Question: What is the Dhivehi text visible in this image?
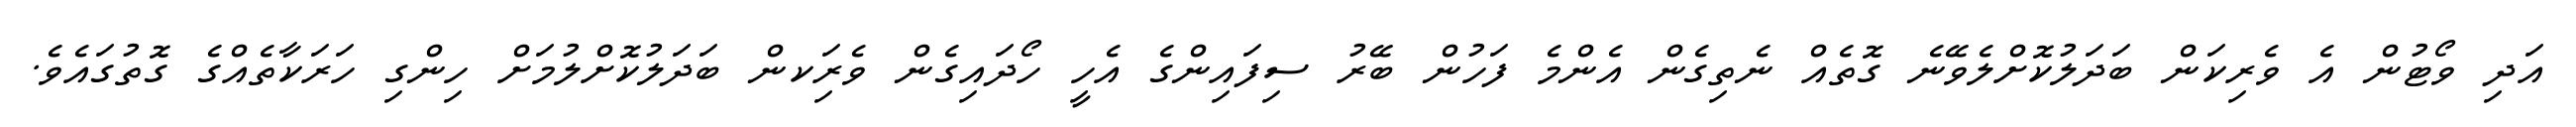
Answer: އަދި ވޯޓުން އެ ވެރިކަން ބަދަލުކޮށްލެވޭނެ ގޮތެއް ނެތިގެން އެންމެ ފަހުން ބޭރު ސިފައިންގެ އެހީ ހޯދައިގެން ވެރިަކން ބަދަލުކޮށްލުމަށް ހިންގި ހަރަކާތެއްގެ ގޮތުގައެވެ.